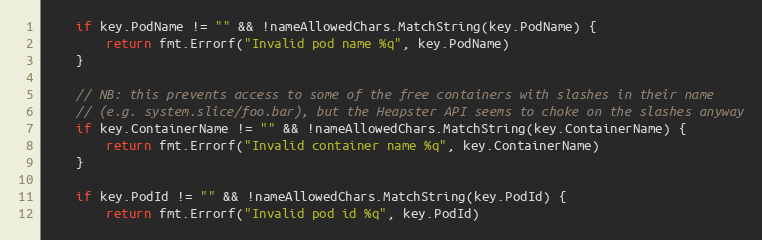
Language: Go
	if key.PodName != "" && !nameAllowedChars.MatchString(key.PodName) {
		return fmt.Errorf("Invalid pod name %q", key.PodName)
	}

	// NB: this prevents access to some of the free containers with slashes in their name
	// (e.g. system.slice/foo.bar), but the Heapster API seems to choke on the slashes anyway
	if key.ContainerName != "" && !nameAllowedChars.MatchString(key.ContainerName) {
		return fmt.Errorf("Invalid container name %q", key.ContainerName)
	}

	if key.PodId != "" && !nameAllowedChars.MatchString(key.PodId) {
		return fmt.Errorf("Invalid pod id %q", key.PodId)